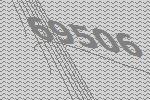
69506